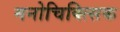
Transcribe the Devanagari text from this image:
मनोचिक्त्सिक